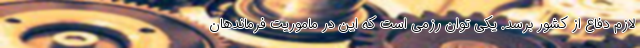
لازم دفاع از کشور برسد. یکی توان رزمی است که این در ماموریت فرماندهان